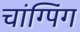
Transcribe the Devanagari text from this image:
चांग्पिंग